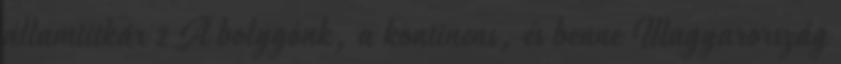
államtitkár 2 A bolygónk, a kontinens, és benne Magyarország